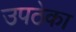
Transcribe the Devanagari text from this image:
उपठेका